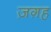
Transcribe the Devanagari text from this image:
ज़ग़ह